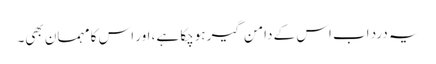
یہ درد اب اس کے دامن گیر ہوچکا ہے، اور اس کا مہمان بھی۔